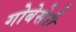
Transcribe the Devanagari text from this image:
गोबेसेरी